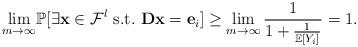
LaTeX: \begin{align*} \lim_{m \to \infty} &\mathbb{P}[\exists \mathbf{x} \in \mathcal{F}^l ~\textrm{s.t.}~ \mathbf{D} \mathbf{x} = \mathbf{e}_i] \ge \lim_{m \to \infty} \dfrac{1}{1+\frac{1}{\mathbb{E}[Y_i]}} = 1. \end{align*}